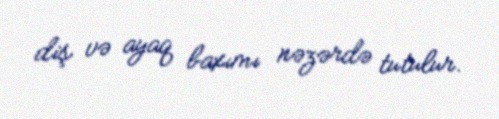
diş və ayaq baxımı nəzərdə tutulur.